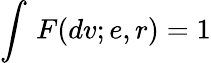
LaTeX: \int\, F(dv;e,r)=1